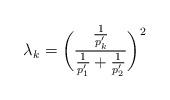
LaTeX: \begin{align*}\lambda_k = \bigg(\frac{\frac{1}{p_k'}}{\frac{1}{p_1'} + \frac{1}{p_2'}}\bigg)^2\end{align*}